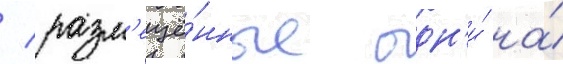
/ разм'ещё́нные одн'и́ на́